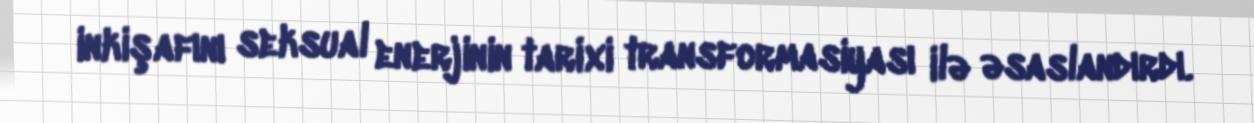
inkişafını seksual enerjinin tarixi transformasiyası ilə əsaslandırdı.